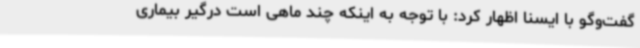
گفت‌وگو با ایسنا اظهار کرد: با توجه به اینکه چند ماهی است درگیر بیماری